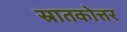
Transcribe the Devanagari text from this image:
स्रातकोत्तर